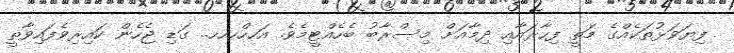
ފިޔަވަޅުތަކެއްގެ މަތީ ފިހާރައާއި ދިމާއަށް މިސްރާބު ބެހެއްޓީމެވެ. އަހހްހހހ.. ގަޑި ޖެހެން ކައިރިވެފައިވާތީ